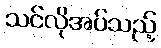
သင်လိုအပ်သည့်